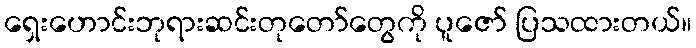
ရှေးဟောင်းဘုရားဆင်းတုတော်တွေကို ပူဇော် ပြသထားတယ်။